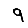
Digit: 9